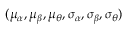
( \mu _ { \alpha } , \mu _ { \beta } , \mu _ { \theta } , \sigma _ { \alpha } , \sigma _ { \beta } , \sigma _ { \theta } )